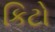
કિટો